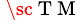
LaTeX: ^{\mathrm{~\sc~T~M~}}